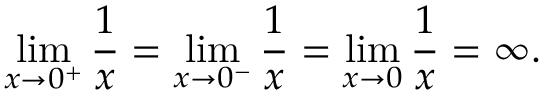
\operatorname* { l i m } _ { x \to 0 ^ { + } } { \frac { 1 } { x } } = \operatorname* { l i m } _ { x \to 0 ^ { - } } { \frac { 1 } { x } } = \operatorname* { l i m } _ { x \to 0 } { \frac { 1 } { x } } = \infty .